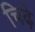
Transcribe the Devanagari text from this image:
चिढ़े